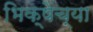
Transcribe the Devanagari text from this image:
भिक्षेच्या